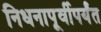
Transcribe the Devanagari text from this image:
निधनापूर्वीपर्यंत